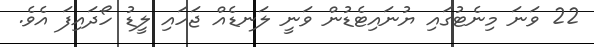
22 ވަނަ މިނެޓުގައި ޔުނައިޓެޑުން ވަނީ ލަނޑެއް ޖަހައި ލީޑު ހޯދައިފަ އެވެ.